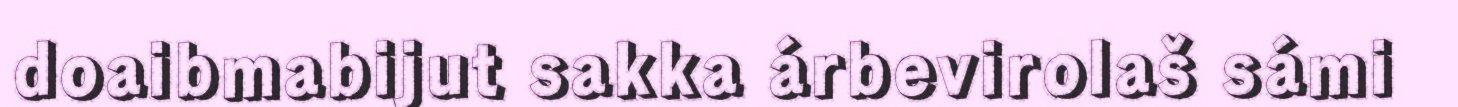
doaibmabijut sakka árbevirolaš sámi